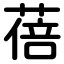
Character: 蓓